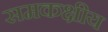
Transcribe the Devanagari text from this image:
समकक्षीय